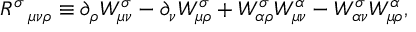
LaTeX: R ^ { \sigma } \, _ { \mu \nu \rho } \equiv \partial _ { \rho } W _ { \mu \nu } ^ { \sigma } - \partial _ { \nu } W _ { \mu \rho } ^ { \sigma } + W _ { \alpha \rho } ^ { \sigma } W _ { \mu \nu } ^ { \alpha } - W _ { \alpha \nu } ^ { \sigma } W _ { \mu \rho } ^ { \alpha } ,